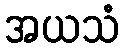
အယသံ